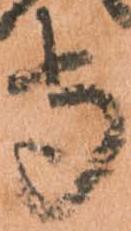
守